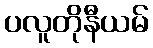
ပလူတိုနီယမ်